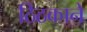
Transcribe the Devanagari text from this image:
ठिठकाने